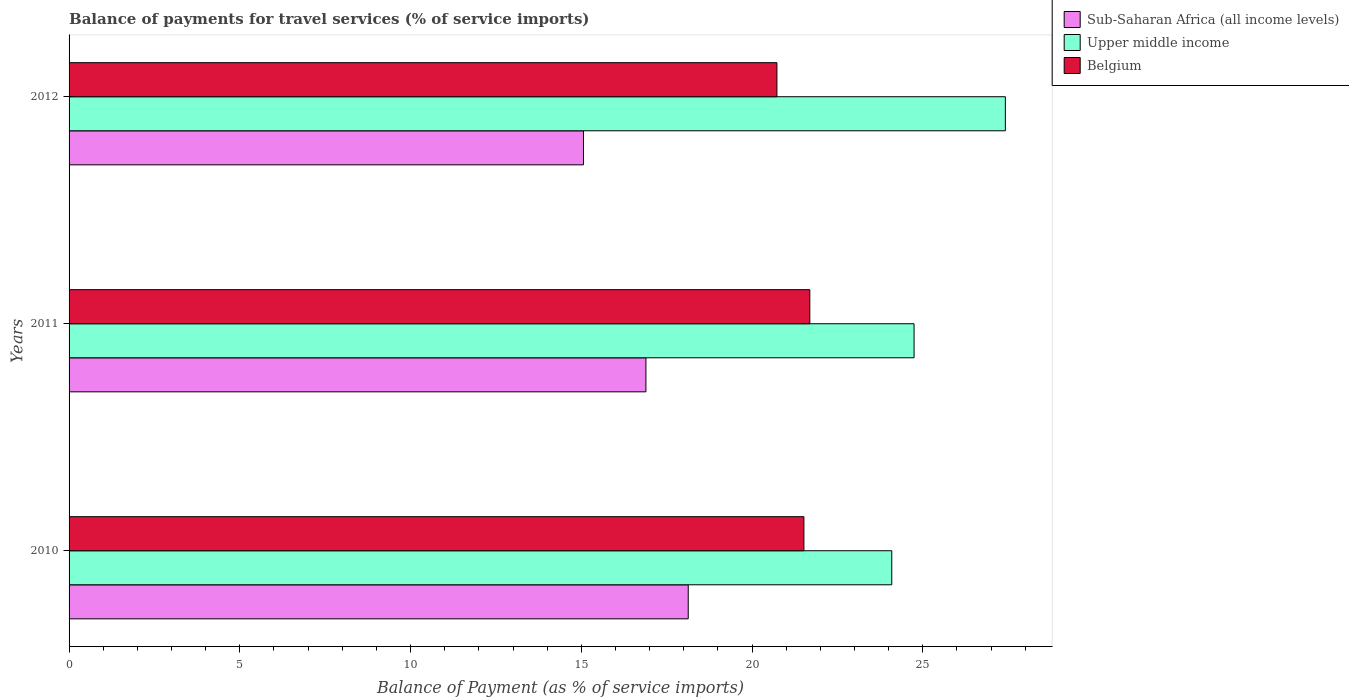
| Years | Sub-Saharan Africa (all income levels) | Upper middle income | Belgium |
 | --- | --- | --- | --- |
 | 2010 | 18.1 | 24.1 | 21.5 |
 | 2011 | 16.9 | 24.7 | 21.7 |
 | 2012 | 15.1 | 27.4 | 20.7 |